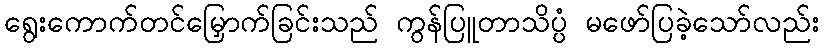
ရွေးကောက်တင်မြှောက်ခြင်းသည် ကွန်ပြူတာသိပ္ပံ မဖော်ပြခဲ့သော်လည်း